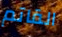
القاتم